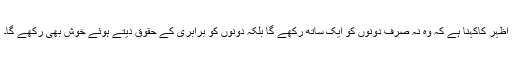
اظہر کاکہنا ہے کہ وہ نہ صرف دونوں کو ایک ساتھ رکھے گا بلکہ دونوں کو برابری کے حقوق دیتے ہوئے خوش بھی رکھے گا۔